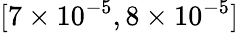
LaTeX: [7\times 10^{-5},8\times 10^{-5}]